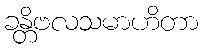
ခန္တိဗလသမာဟိတာ